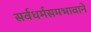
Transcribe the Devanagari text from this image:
सर्वधर्मसमभावाने